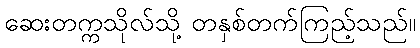
ဆေးတက္ကသိုလ်သို့ တနှစ်တက်ကြည့်သည်။